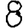
Digit: 8